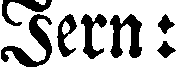
Jern: